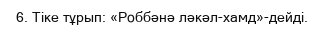
6. Тіке тұрып: «Роббәнә ләкәл-хамд»-дейді.